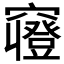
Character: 𱷚